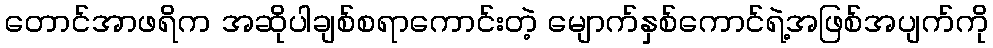
တောင်အာဖရိက အဆိုပါချစ်စရာကောင်းတဲ့ မျောက်နှစ်ကောင်ရဲ့အဖြစ်အပျက်ကို